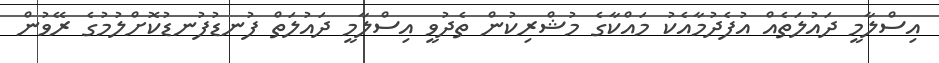
އިސްލާމީ ދައުލަތެއް އުފެދުމާއެކު މައްކާގެ މުޝްރިކުން ތެދުވީ އިސްލާމީ ދައުލަތް ފުނޑުފުނޑުކޮށްލުމުގެ ރޭވުން